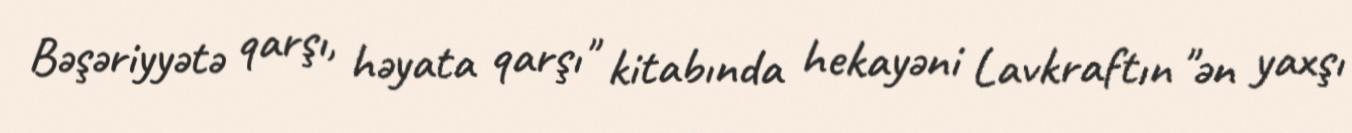
Bəşəriyyətə qarşı, həyata qarşı" kitabında hekayəni Lavkraftın "ən yaxşı